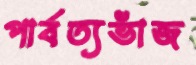
পার্বত্যভাঁজ